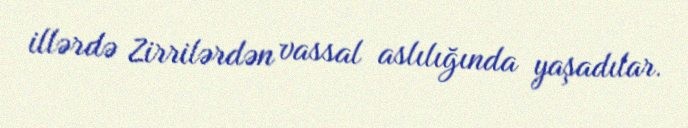
illərdə Zirrilərdən vassal aslılığında yaşadılar.